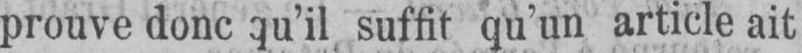
prouve donc qu’il suffit qu’un article ait